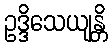
ဥဒ္ဒိသေယျန္တိ